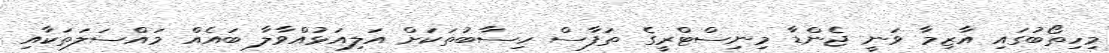
މިހިތޯބުގައި އާޒިމާ ވަނީ ޖެންޑާ މިނިސްޓްރީގެ ތަފާސް ހިސާބުތަކަށް އަލިއަޅުއްވާލާ ބައެއް މައްސަލަތަކާއި